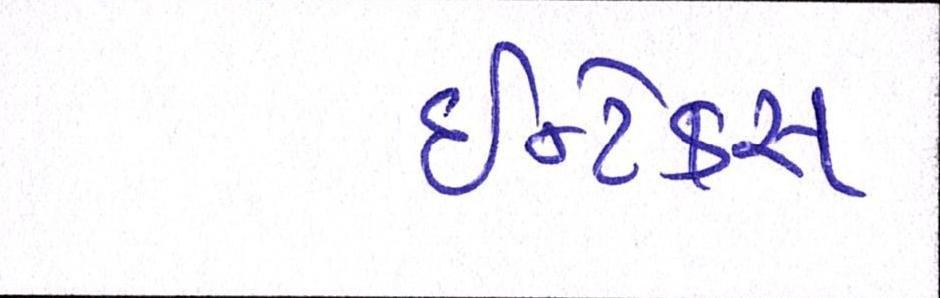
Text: ઈન્ટેક્સ